Report on vaccination North-West Frontier Province 1904-1922 - 1904-1922
Year: 1904
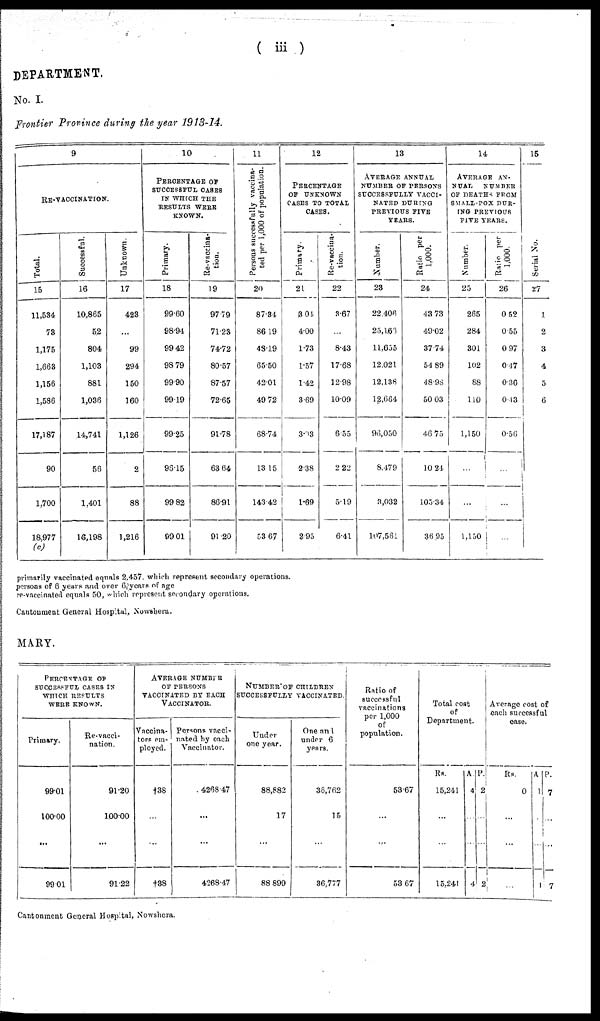
( iii )
DEPARTMENT.
No. I.
Frontier Province during the year 1913-14.
9
RE-VACCINATION.
Total.
15
11,534
73
1,175
1,663
1,156
1,586
17,187
90
1,700
18,977
(c)
Successful.
16
10,865
52
804
1,103
881
1,036
14,741
56
1,401
16,198
Unknown.
17
423
...
99
294
150
160
1,126
2
88
1,216
10
PERCENTAGE OF
SUCCESSFUL CASES
IN WHICH THE
RESULTS WERE
KNOWN.
Primary.
18
99.60
98.94
99.42
98.79
99.90
99.19
99.25
96.15
99.82
99.01
Re-vaccina¬
tion.
19
97.79
71.23
74.72
80.57
87.57
72.65
91.78
63.64
86.91
91.20
11
Persons successfully vaccina-
ted per 1,000 of population.
20
87.34
86.19
48.19
65.50
42.01
49.72
68.74
13.15
143.42
53.67
12
PERCENTAGE
OF UNKNOWN
CASES TO TOTAL
CASES.
Primary
21
3.04
4.00
1.73
1.57
1.42
3.69
3.03
2.38
1.69
2.95
Re-vaccina-
tion.
22
3.67
...
8.43
17.68
12.98
10.09
6.55
2.22
5.19
6.41
13
AVERAGE ANNUAL
NUMBER OF PERSONS
SUCCESSFULLY VACCI¬
NATED DURING
PREVIOUS FIVE
YEARS.
Number.
23
22,406
25,166
11,655
12,021
12,138
12,664
96,050
8,179
3,032
107,561
Ratio per
1,000.
24
43.73
49.02
37.74
54.89
48.98
50.03
46.75
10.24
105.34
36.95
14
AVERAGE AN¬
NUAL
NUMBER
OF DEATHS FROM
SMALL-POX DUR¬
ING PREVIOUS
FIVE YEARS.
Number.
25
265
284
301
102
88
110
1,150
...
...
1,150
Ratio per
1,000.
26
0.52
0.55
0.97
0.17
0.36
0.13
0.56
...
...
...
15
Serial No.
27
1
2
3
4
5
6
primarily vaccinated equals 2,457, which represent secondary operations.
persons of 6 years and over 6, years of age
re-vaccinated equals 50, which represent secondary operations.
Cantonment General Hospital, Nowshera.
MARY.
PERCENTAGE OF
SUCCESSFUL CASES IN
WHICH RESULTS
WERE KNOWN.
Primary.
99.01
100.00
...
99.01
Re-vacci-
nation.
91.20
100.00
...
91.22
AVERAGE NUMBER
OF PERSONS
VACCINATED BY EACH
VACCINATOR.
Vaccina¬
tors em-
ployed.
†38
...
...
†38
Persons vacci-
nated by each
Vaccinator.
4268.47
...
...
4268.47
NUMBER OF CHILDREN
SUCCESSFULLY VACCINATED.
Under
one year.
88,882
17
...
88,899
One and
under 6
years.
36,762
15
...
36,777
Ratio of
successful
vaccinations
per 1,000
of
population.
53.67
...
...
53.67
Total cost
of
Department.
Rs.
15,241
...
...
15,241
A.
4
...
...
4
P.
2
...
...
2
Average cost of
each successful
case.
Rs.
0
...
...
...
A.
1
...
...
1
P.
7
...
...
7
Cantonment General Hospital, Nowshera.